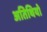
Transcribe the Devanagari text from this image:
अतिथियो